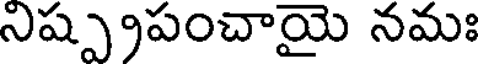
నిష్ప్రపంచాయై నమః